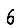
Digit: 6